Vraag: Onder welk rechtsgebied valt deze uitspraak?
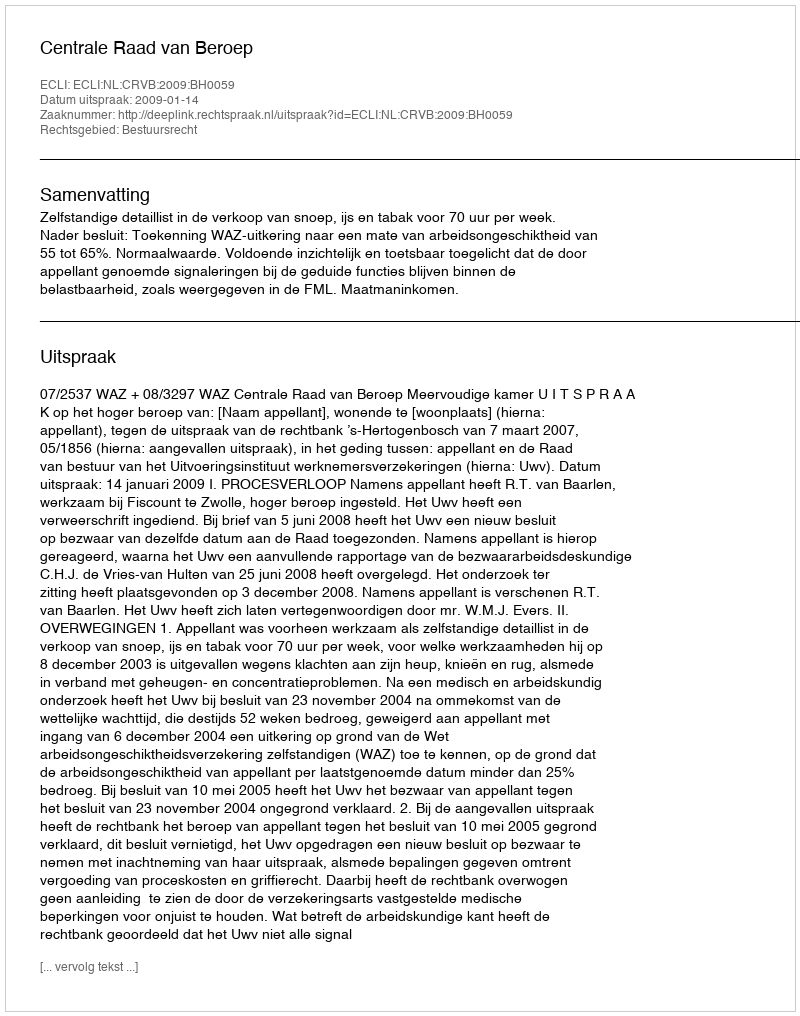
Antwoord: Bestuursrecht